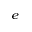
_ e